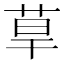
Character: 䓍